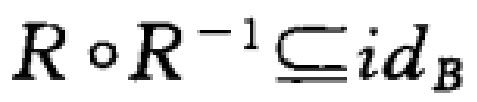
$R\circ R^{-1}\subseteq id_{B}$